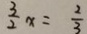
\frac { 3 } { 2 } x = \frac { 2 } { 3 }